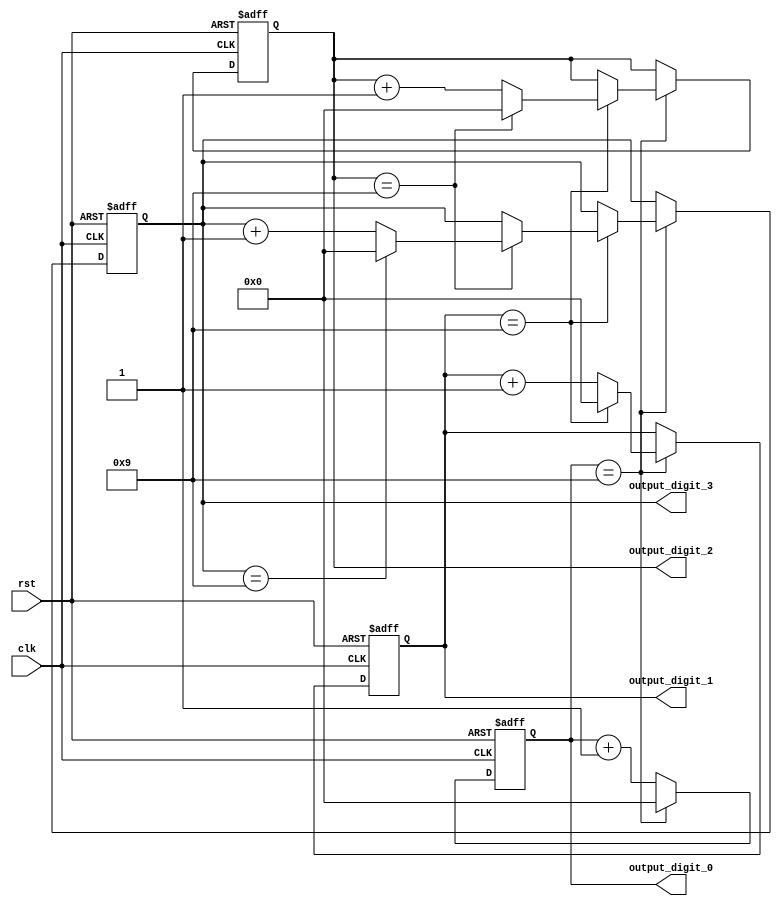
module BCD_Counter (
    input clk,
    input rst,
    output reg [3:0] output_digit_3,
    output reg [3:0] output_digit_2,
    output reg [3:0] output_digit_1,
    output reg [3:0] output_digit_0
);

reg [3:0] count_val_3, count_val_2, count_val_1, count_val_0;

always @(posedge clk or posedge rst) begin
    if (rst) begin
        count_val_3 <= 4'b0000;
        count_val_2 <= 4'b0000;
        count_val_1 <= 4'b0000;
        count_val_0 <= 4'b0000;
    end else begin
        if (count_val_0 == 4'b1001) begin
            count_val_0 <= 4'b0000;
            if (count_val_1 == 4'b1001) begin
                count_val_1 <= 4'b0000;
                if (count_val_2 == 4'b1001) begin
                    count_val_2 <= 4'b0000;
                    if (count_val_3 == 4'b1001) begin
                        count_val_3 <= 4'b0000;
                    end else begin
                        count_val_3 <= count_val_3 + 1;
                    end
                end else begin
                    count_val_2 <= count_val_2 + 1;
                end
            end else begin
                count_val_1 <= count_val_1 + 1;
            end
        end else begin
            count_val_0 <= count_val_0 + 1;
        end
    end
end

assign output_digit_3 = count_val_3;
assign output_digit_2 = count_val_2;
assign output_digit_1 = count_val_1;
assign output_digit_0 = count_val_0;

endmodule